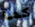
كما